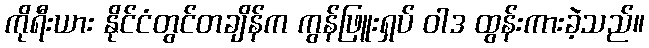
ကိုရီးယား နိုင်ငံတွင်တချိန်က ကွန်ဖြူးရှပ် ဝါဒ ထွန်းကားခဲ့သည်။